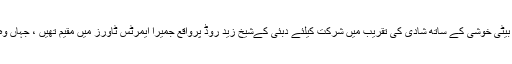
یاد رہے اداکارہ سری دیوی اپنے شوہر بونی کپور اور بیٹی خوشی کے ساتھ شادی کی تقریب میں شرکت کیلئے دبئی کےشیخ زید روڈ پرواقع جمیرا ایمرٹس ٹاورز میں مقیم تھیں ، جہاں وہ ہوٹل کے باتھ روم میں مردہ حالت میں پائی گئی تھیں۔